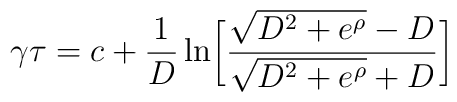
\gamma \tau = c + {1\over D} \ln \biggl[ {{\sqrt{D^2 + e^\rho} -D}\over {\sqrt{D^2 + e^\rho} + D}} \biggr]